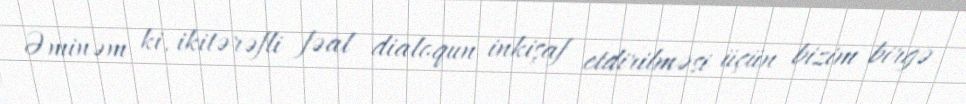
Əminəm ki, ikitərəfli fəal dialoqun inkişaf etdirilməsi üçün bizim birgə